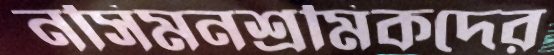
নসিমনশ্রমিকদের